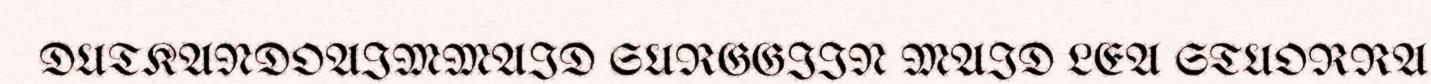
DUTKANDOAIMMAID SURGGIIN MAID LEA STUORRA